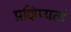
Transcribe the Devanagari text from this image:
प्रक्षिप्यतां